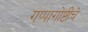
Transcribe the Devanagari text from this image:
गप्पागोष्टींचे